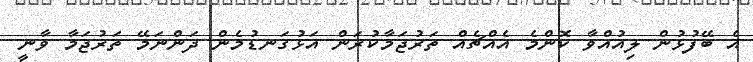
އެ ބޭފުޅުން ލިއުއްވާ ކޮންމެ އެއްޗެއް ތަރުޖަމާކުރަން އަޅުގަނޑުމެން ދަންނަމޭ ތަރުޖަމާ ވާނީ